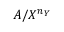
A / X ^ { n _ { Y } }